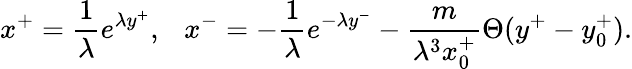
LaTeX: x^{+}=\frac{1}{\lambda}e^{\lambda y^{+}},~~~x^{-}=-\frac{1}{\lambda}e^{-\lambda y^{-}}-\frac{m}{\lambda^{3}x_{0}^{+}}\Theta(y^{+}-y_{0}^{+}).